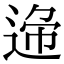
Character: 𨓝